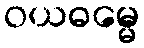
ဝယဓမ္မေ